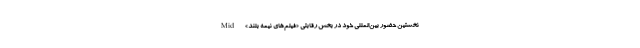
نخستین حضور بین‌المللی خود در بخش رقابتی «فیلم‌های نیمه بلند» Mid